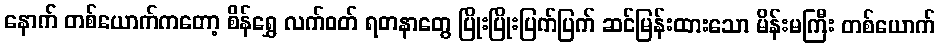
နောက် တစ်ယောက်ကတော့ စိန်ရွှေ လက်ဝတ် ရတနာတွေ ပြိုးပြိုးပြက်ပြက် ဆင်မြန်းထားသော မိန်းမကြီး တစ်ယောက်